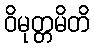
ဝိမုတ္တမိတိ